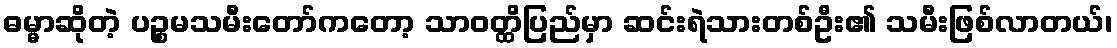
ဓမ္မာဆိုတဲ့ ပဉ္စမသမီးတော်ကတော့ သာဝတ္ထိပြည်မှာ ဆင်းရဲသားတစ်ဦး၏ သမီးဖြစ်လာတယ်၊